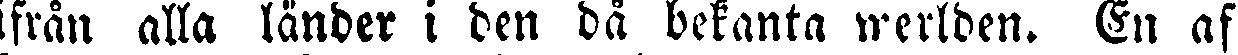
ifrån alla länder i den då bekanta werlden. En af